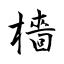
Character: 檣